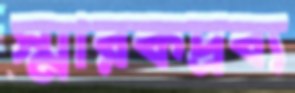
স্মারকদ্রব্য